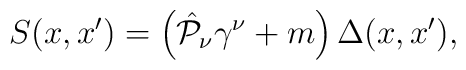
S(x,x')=\left( \hat{{\cal P}}_{\nu} \gamma^{\nu} +m \right)\Delta(x,x'),